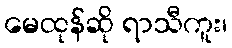
မေထုန်ဆို ရာသီကူး၊